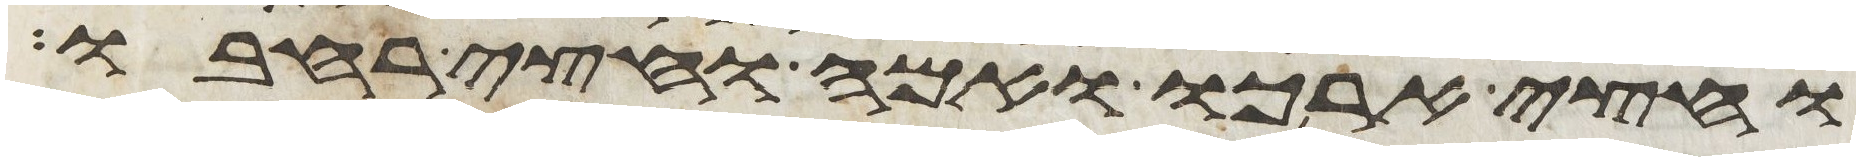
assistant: וחצי ארכו ואמה וחצי רחבו